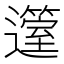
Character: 𨘲